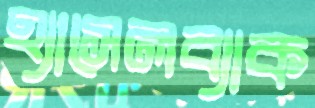
হ্যাসেলব্যাক